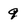
Character: 9